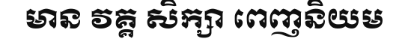
មាន វគ្គ សិក្សា ពេញនិយម